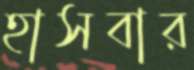
হাসবার